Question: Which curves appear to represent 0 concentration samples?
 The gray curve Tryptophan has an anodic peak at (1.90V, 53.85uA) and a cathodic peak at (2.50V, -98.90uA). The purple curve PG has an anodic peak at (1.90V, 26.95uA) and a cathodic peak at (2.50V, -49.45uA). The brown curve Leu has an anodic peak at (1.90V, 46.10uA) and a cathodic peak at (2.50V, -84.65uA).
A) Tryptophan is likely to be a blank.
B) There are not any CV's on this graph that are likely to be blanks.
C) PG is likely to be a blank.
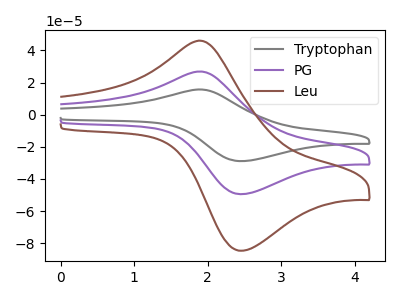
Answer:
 <answer>B) There are not any CV's on this graph that are likely to be blanks.</answer>
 <eval>B</eval>